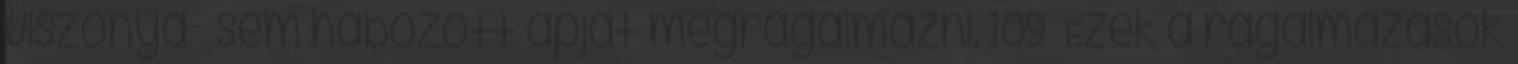
viszonya – sem habozott apját megrágalmazni. 109 Ezek a rágalmazások